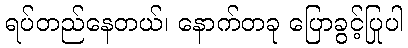
ရပ်တည်နေတယ်၊ နောက်တခု ပြောခွင့်ပြုပါ